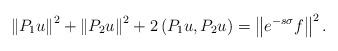
LaTeX: \begin{align*}\left\|P_1 u\right\|^2+\left\|P_2 u\right\|^2+2\left(P_1 u, P_2 u\right)=\left\|e^{-s \sigma} f\right\|^2.\end{align*}